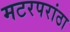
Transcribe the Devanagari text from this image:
मटरपरांठा